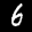
Label: 6